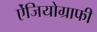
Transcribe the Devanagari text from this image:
ऐंजियोग्राफी